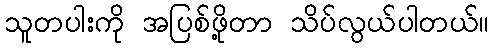
သူတပါးကို အပြစ်ဖို့တာ သိပ်လွယ်ပါတယ်။